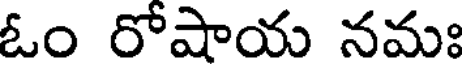
ఓం రోషాయ నమః